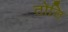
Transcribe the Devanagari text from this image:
तोलि